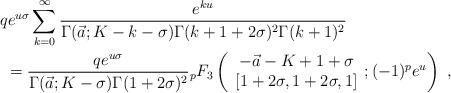
LaTeX: \begin{align*}&qe^{u\sigma}\sum_{k=0}^{\infty}\frac{e^{ku}}{\Gamma(\vec a;K-k-\sigma)\Gamma(k+1+2\sigma)^2\Gamma(k+1)^2}\\&\ = \frac{qe^{u\sigma}}{\Gamma(\vec a;K-\sigma)\Gamma(1+2\sigma)^2}{}_p F_3\left(\begin{array}{c} -\vec a-K+1+\sigma\\ {[1+2\sigma,1+2\sigma, 1]}\end{array}; (-1)^{p}e^{u} \right)\ ,\end{align*}